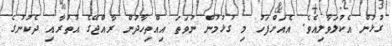
ގުޅުން އެކުލަވާލިއެވެ. އެއަށްފަހު މި ގުޅުމުން ނުވަތަ އިއްތިހާދުން ރާއްޖޭގެ އުތުރާއި ދެކުނުގެ